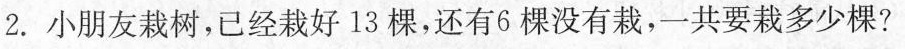
2.小朋友栽树，已经栽好13棵，还有6棵没有栽，一共要栽多少棵?